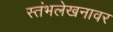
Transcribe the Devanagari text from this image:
स्तंभलेखनावर